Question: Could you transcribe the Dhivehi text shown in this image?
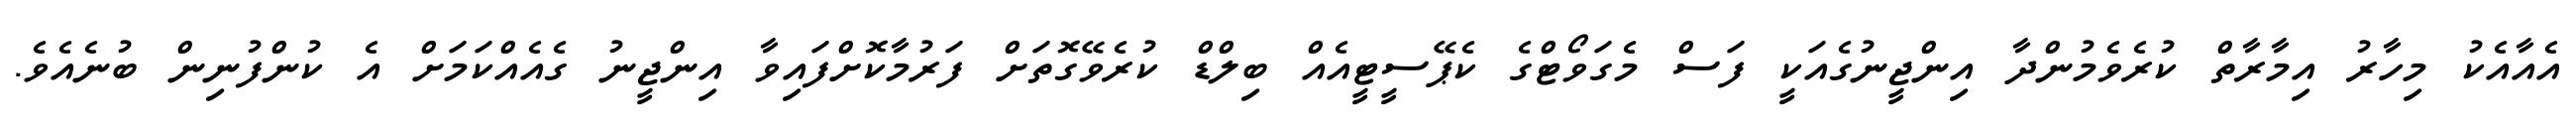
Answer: އެއާއެކު މިހާރު އިމާރާތް ކުރެވެމުންދާ އިންޖީނުގެއަކީ ފަސް މެގަވޯޓްގެ ކެޕޭސީޓީއެއް ބިލްޑް ކުރެވޭގޮތަށް ފަރުމާކޮށްފައިވާ އިންޖީނު ގެއެއްކަމަށް އެ ކުންފުނިން ބުނެއެވެ.